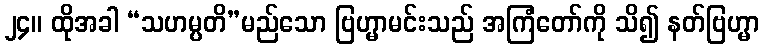
၂၄။ ထိုအခါ “သဟမ္ပတိ”မည်သော ဗြဟ္မာမင်းသည် အကြံတော်ကို သိ၍ နတ်ဗြဟ္မာ